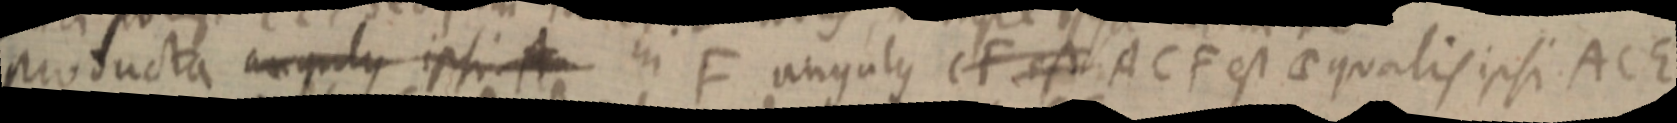
producta angulus ipsi A in F angulus CF est ACF est aequalis ipsi ACE